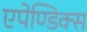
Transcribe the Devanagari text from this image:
एपेण्डिक्स